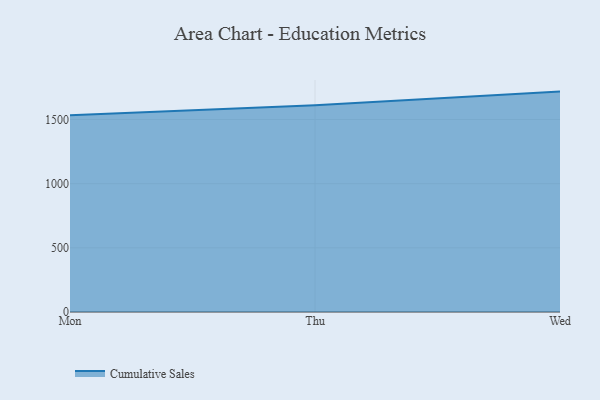
{"axis": {"x": "Day", "y": "Shipments"}, "legend": ["Cumulative Sales"], "data": [{"x": "Mon", "y": 1534.2, "type": "Cumulative Sales"}, {"x": "Thu", "y": 1611.1, "type": "Cumulative Sales"}, {"x": "Wed", "y": 1717.8, "type": "Cumulative Sales"}]}